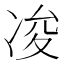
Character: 𠗕